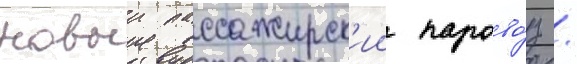
новыи пассажирск'ии парово́з /